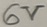
Text: 6V